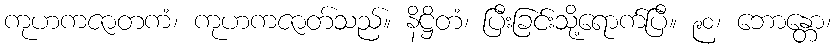
ကုဟကဇာတကံ၊ ကုဟကဇာတ်သည်။ နိဋ္ဌိတံ၊ ပြီးခြင်းသို့ရောက်ပြီ။ ၉၀၊ ဘောန္တော၊